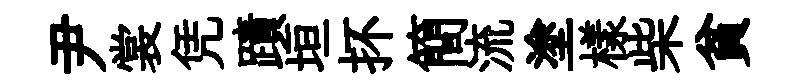
尹裳凭蹟垣抔簡流塗樣柴貧